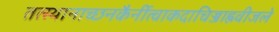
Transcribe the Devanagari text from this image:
तत्स्थानाच्छनकैर्नीत्वाकदाचिज्जाह्नवीजले